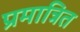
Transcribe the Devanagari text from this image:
प्रमात्रित